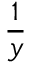
\frac { 1 } { y }